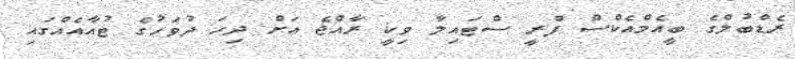
ރެޑްބުލްގެ ބީއެމްއެކްސް ފްރީ ސްޓައިލާ ވިކީ ރާއްޖެ އަށް ދިހަ ދުވަހުގެ ޓުއާއެއްގައި